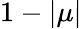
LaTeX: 1-|\mu|